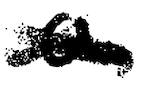
Text: a
Cross-out: cross
Writing tool: digital_black